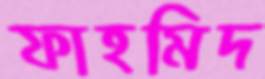
ফাহমিদ